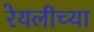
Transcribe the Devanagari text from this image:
रेयलीच्या